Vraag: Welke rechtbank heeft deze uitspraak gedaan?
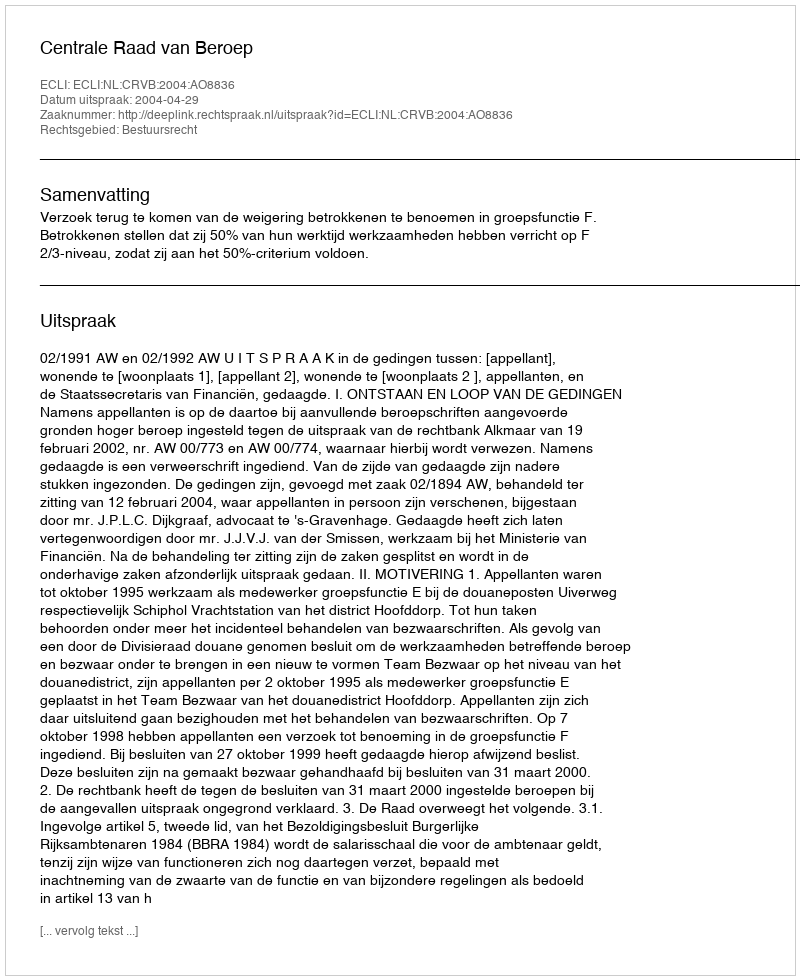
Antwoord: Centrale Raad van Beroep